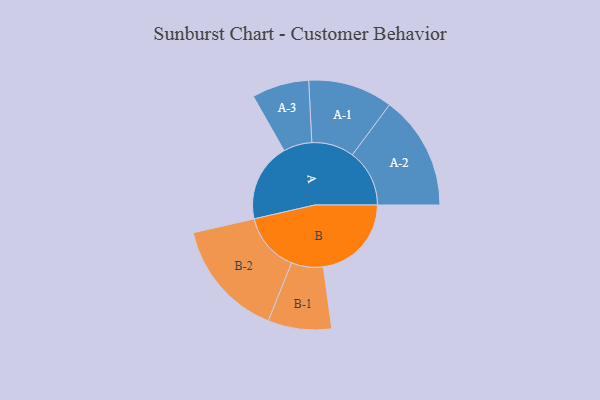
{"axis": {"x": "Segment", "y": "Value"}, "legend": ["", "A", "B"], "data": [{"x": "A", "y": 365, "type": ""}, {"x": "B", "y": 410, "type": ""}, {"x": "A-1", "y": 197, "type": "A"}, {"x": "A-2", "y": 266, "type": "A"}, {"x": "A-3", "y": 133, "type": "A"}, {"x": "B-1", "y": 148, "type": "B"}, {"x": "B-2", "y": 275, "type": "B"}]}